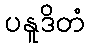
ပနူဒိတံ